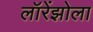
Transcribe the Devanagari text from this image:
लॉरेंझोला